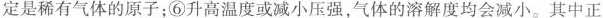
定是稀有气体的原子；⑥升高温度或减小压强，气体的溶解度均会减小。其中正